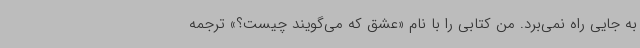
به جایی راه نمی‌برد. من کتابی را با نام «عشق که می‌گویند چیست؟» ترجمه